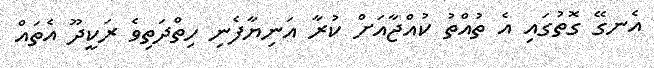
އެނގޭ ގޮތުގައި އެ ތުއްތު ކުއްޖާއަށް ކުރާ އަނިޔާފެނި ހިތްދަތިވެ ރަކީދޫ އެތައް